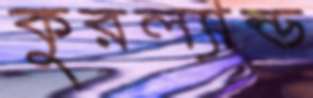
কুরল্যান্ড